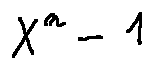
X ^ { n } - 1